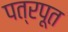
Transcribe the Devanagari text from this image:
पत्रपूत